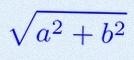
\sqrt{a^2+b^2}